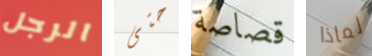
الرجل حتى قصاصة لماذا